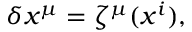
\delta x ^ { \mu } = \zeta ^ { \mu } ( x ^ { i } ) ,